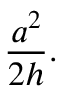
{ \frac { a ^ { 2 } } { 2 h } } .